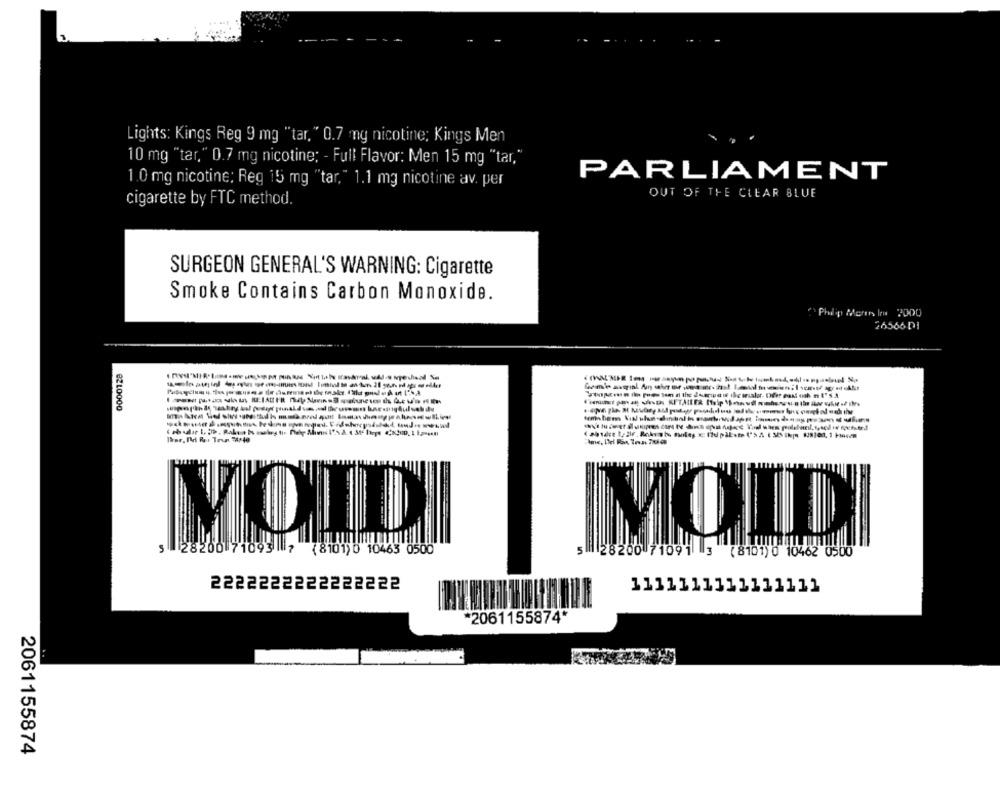
Lights: Kings Reg 9 mg "tar. " 0.7 ny nicotine; Kings Men
10 mg "tar," 0.7 mg nicotine; - Full Flavor: Men 15 mg "tar,"
PARLIAMENT
1.0 mg nicotine: Reg 15 mg "tar," 1.1 mg nicotine av. per
OUT OF THE CLEAR BLUE
cigarette by FTC method.
SURGEON GENERAL'S WARNING: Cigarette
Smoke Contains Carbon Monoxide.
Philip Morris In 2000
26566 DI
3210000
5 28200 71093 7 (8101)0 10463 0500
5 28200 71091 3
( 8101) 0 10462 0500
2222222222222222
1111111111111111
*2061155874*
2061155874